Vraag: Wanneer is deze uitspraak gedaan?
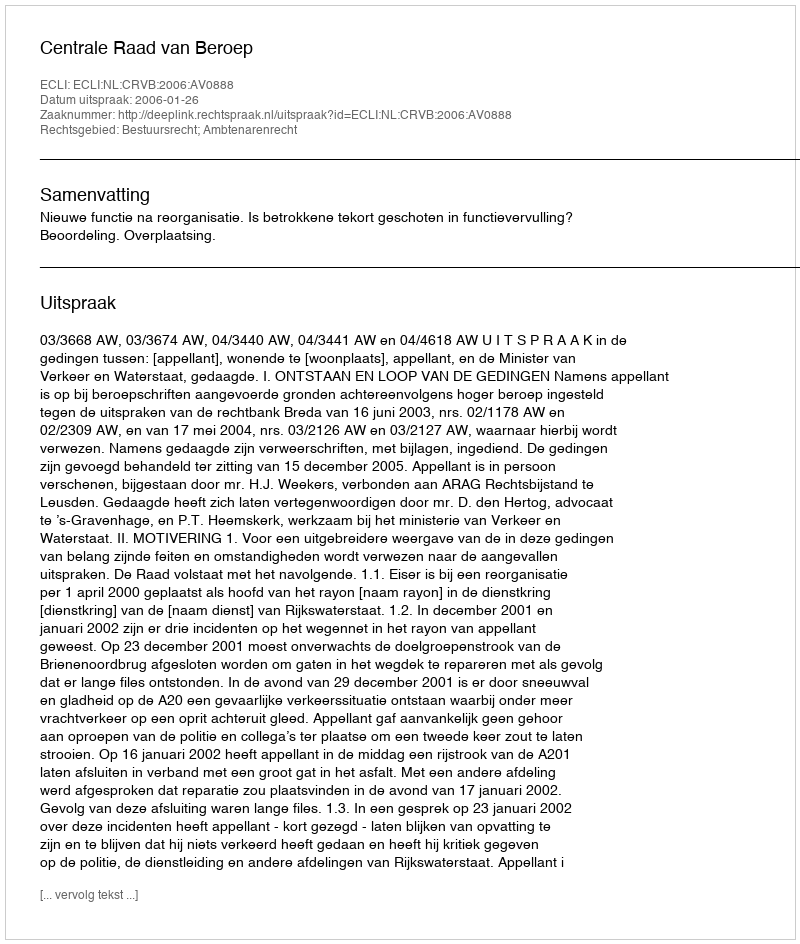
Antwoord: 2006-01-26